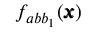
f _ { a b b _ { 1 } } ( { \pmb x } )